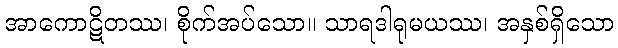
အာကောဋိတဿ၊ စိုက်အပ်သော။ သာရဒါရုမယဿ၊ အနှစ်ရှိသော